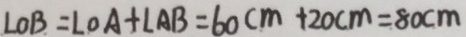
\angle O B = \angle O A + \angle A B = 6 0 c m + 2 0 c m = 8 0 c m